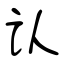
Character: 认